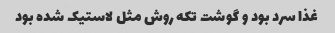
غذا سرد بود و گوشت تکه روش مثل لاستیک شده بود